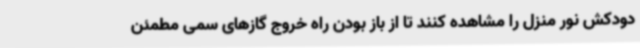
دودکش نور منزل را مشاهده کنند تا از باز بودن راه خروج گازهای سمی مطمئن